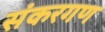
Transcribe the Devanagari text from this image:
संकरगण